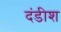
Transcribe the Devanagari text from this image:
दंडीश